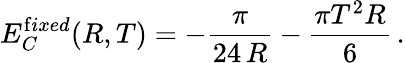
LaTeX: E_{C}^{{\mathrm{f}ixed}}(R,T)=-\frac{\pi}{24\, R}-\frac{\pi T^{2}R}{6}\, {.}